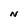
Character: N